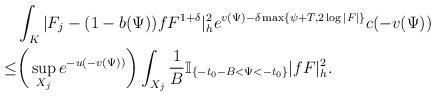
LaTeX: \begin{align*}&\int_K|F_{j}-(1-b(\Psi))fF^{1+\delta}|_{h}^2e^{v(\Psi)-\delta \max\{\psi+T,2\log|F|\}}c(-v(\Psi))\\\le&\bigg(\sup_{X_j}e^{-u(-v(\Psi))}\bigg)\int_{X_j}\frac{1}{B}\mathbb{I}_{\{-t_0-B<\Psi<-t_0\}} |fF|^2_h.\end{align*}